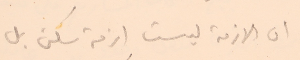
ان الازمة ليست ازمة سكن بل